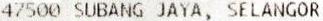
47500 SUBANG JAYA, SELANGOR